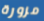
مزورة